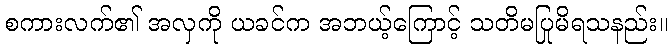
စကားလက်၏ အလှကို ယခင်က အဘယ့်ကြောင့် သတိမပြုမိရသနည်း။